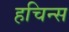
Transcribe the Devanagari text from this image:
हचिन्स